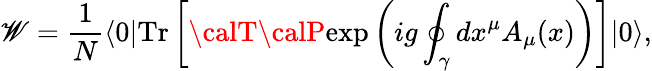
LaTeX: {\cal\mathscr{W}}={\frac{{1}}{{N}}}\langle0|\mathrm{{Tr}}\left[{\calT}{\calP}\mathrm{{exp}}\left(ig\oint_{\gamma}dx^{\mu}A_{\mu}(x)\right)\right]|0\rangle,